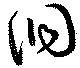
洞